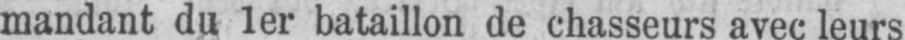
mandant du 1er bataillon de chasseurs avec leurs